Report of the Municipal Commissioner on the plague in Bombay for the year ending 31st May... - Volume 3
Disease focus: Plague
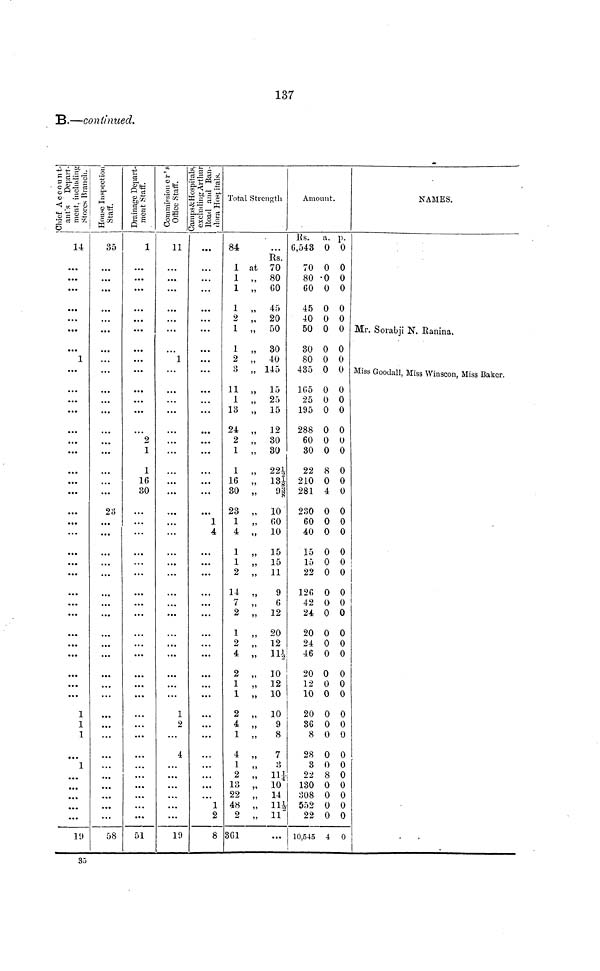
137
B.—continued.
Chief Account-
ant's Depart-
ment, including
Stores Branch.
14
1
...
...
• • •
• ••
...
...
1
1
1
1
19
House Inspection
Staff.
35
...
...
• • •
...
2 8
...
...
• • •
• ••
58
Drainage Depart-
ment Staff.
1
...
2
1
1
16
30
...
...
...
...
• • •
...
51
Commissioner's
Office Staff.
11
1
...
...
...
...
1
2
...
4
...
...
19
Camps & Hospitals,
excluding Arthur
Road and Bau-
dora Hospitals.
• • •
...
...
...
...
...
...
...
• • •
• • •
...
...
...
...
...
1
4
...
...
...
...
• • •
...
• • •
...
...
...
...
...
...
...
...
...
...
...
1
2
8
Total Strength
84
1
1
1
1
2
1
1
2
o
11
1
13
24
2
1
1
16
30
23
1
4
1
1
2
14
7
2
1
2
4
2
1
1
2
4
1
4
1
2
13
22
48
2
361
at
,,
,,
,,
,,
,,
,,
,,
,,
,,
,,
,,
,,
,,
,,
,,
,,
,,
,,
55
55
55
,,
55
,,
5t
55
,,
55
,,
,,
51
,,
55
,,
55
55
,,
,,
55
,,
Rs.
70
80
60
45
20
50
30
40
145
15
25
15
12
30
30
22 1/2
13 1/8
10
60
10
15
15
11
9
6
12
20
12
11 1/2
10
12
10
10
9
8
7
r)
11 1/4
10
14
11 1/2
11
...
Amount.
Rs.
6,543
70
80
60
45
40
50
30
80
435
165
25
195
288
60
30
22
210
281
230
60
40
15
15
22
126
42
24
20
24
46
20
12
10
20
36
8
28
3
22
130
308
552
22
10,545
a.
0
0
0
0
0
0
0
0
0
0
0
0
0
0
0
0
8
0
4
0
0
0
0
0
0
0
0
0
0
0
0
0
0
0
0
0
0
0
0
8
0
0
0
0
4
p.
0
0
0
0
0
0
0
0
0
0
0
0
0
0
0
0
0
0
0
0
0
0
0
0
0
0
0
0
0
0
0
0
0
0
0
0
0
0
0
0
0
0
0
0
0
NAMES.
Mr. Sorabji N. Ranina.
Miss Goodall, Miss Winscon, Miss Baker.
35